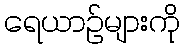
ရေယာဉ်များကို